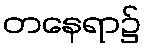
တနေရာ၌